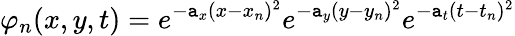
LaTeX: \varphi_{n}(x,y,t)=e^{-\mathtt{a}_{x}(x-x_{n})^{2}}e^{-\mathtt{a}_{y}(y-y_{n})^{2}}e^{-\mathtt{a}_{t}(t-t_{n})^{2}}